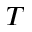
T